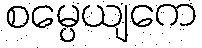
စမ္ပေယျကေ